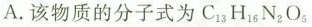
A.该物质的分子式为 $$C_{13} H_{16} N_{2} O_{5}$$